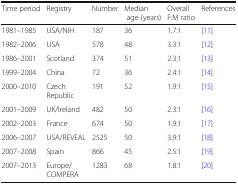
<table><thead><tr><td><b>Time period</b></td><td><b>Registry</b></td><td><b>Number</b></td><td><b>Median age (years)</b></td><td><b>Overall F:M ratio</b></td><td><b>References</b></td></tr></thead><tbody><tr><td>1981–1985</td><td>USA/NIH</td><td>187</td><td>36</td><td>1.7:1</td><td>[11]</td></tr><tr><td>1982–2006</td><td>USA</td><td>578</td><td>48</td><td>3.3:1</td><td>[12]</td></tr><tr><td>1986–2001</td><td>Scotland</td><td>374</td><td>51</td><td>2.3:1</td><td>[13]</td></tr><tr><td>1999–2004</td><td>China</td><td>72</td><td>36</td><td>2.4:1</td><td>[14]</td></tr><tr><td>2000–2010</td><td>Czech Republic</td><td>191</td><td>52</td><td>1.9:1</td><td>[15]</td></tr><tr><td>2001–2009</td><td>UK/Ireland</td><td>482</td><td>50</td><td>2.3:1</td><td>[16]</td></tr><tr><td>2002–2003</td><td>France</td><td>674</td><td>50</td><td>1.9:1</td><td>[17]</td></tr><tr><td>2006–2007</td><td>USA/REVEAL</td><td>2525</td><td>50</td><td>3.9:1</td><td>[18]</td></tr><tr><td>2007–2008</td><td>Spain</td><td>866</td><td>45</td><td>2.5:1</td><td>[19]</td></tr><tr><td>2007–2013</td><td>Europe/COMPERA</td><td>1283</td><td>68</td><td>1.8:1</td><td>[20]</td></tr></tbody></table>